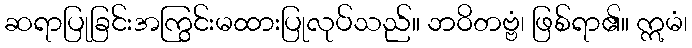
ဆရာပြုခြင်းအကြွင်းမထားပြုလုပ်သည်။ ဘဝိတဗ္ဗံ၊ ဖြစ်ရာ၏။ ဣမံ၊